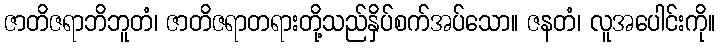
ဇာတိဇရာဘိဘူတံ၊ ဇာတိဇရာတရားတို့သည်နှိပ်စက်အပ်သော။ ဇနတံ၊ လူအပေါင်းကို။